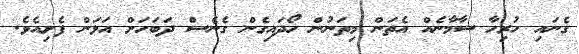
ގެނައި ހުރިހާ ސާމާނެއް އެތަން މިތަނުން ހޯދައިގެން ގެނެސް ދަބަހަށް އަޅަން ފެށިއެވެ.